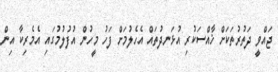
ޖައްވީ ދަތުރުތަކަށް ޚާއްސަކުރި އުޅަނދުތައް އެހެލުމަށް ފަހު މީހުން އުފުލުމުގައި އެމެރިކާ އިން